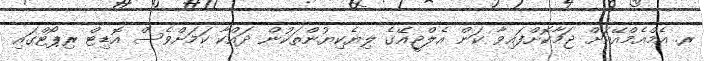
ރ. އެމްއެމްއޭއަށް ޖަމާކޮށްފައިވާ ކަން އެލްޖީއޭގެ ލިޔެކިޔުންތަކުން ދައްކާ ކަމަށްވެސް އޮޑިޓް ރިޕޯޓްގައި